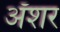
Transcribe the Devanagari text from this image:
अॅशर